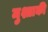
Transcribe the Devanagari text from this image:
मुश्ताकी